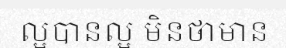
ល្អបានល្អ មិនថាមាន